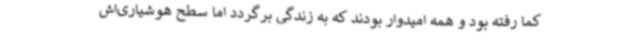
کما رفته بود و همه امیدوار بودند که به زندگی برگردد اما سطح هوشیاری‌اش